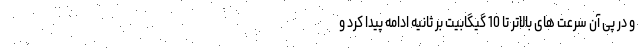
و در پی آن سرعت های بالاتر تا 10 گیگابیت بر ثانیه ادامه پیدا کرد و